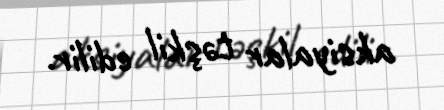
aksiyalar təşkil edilir.